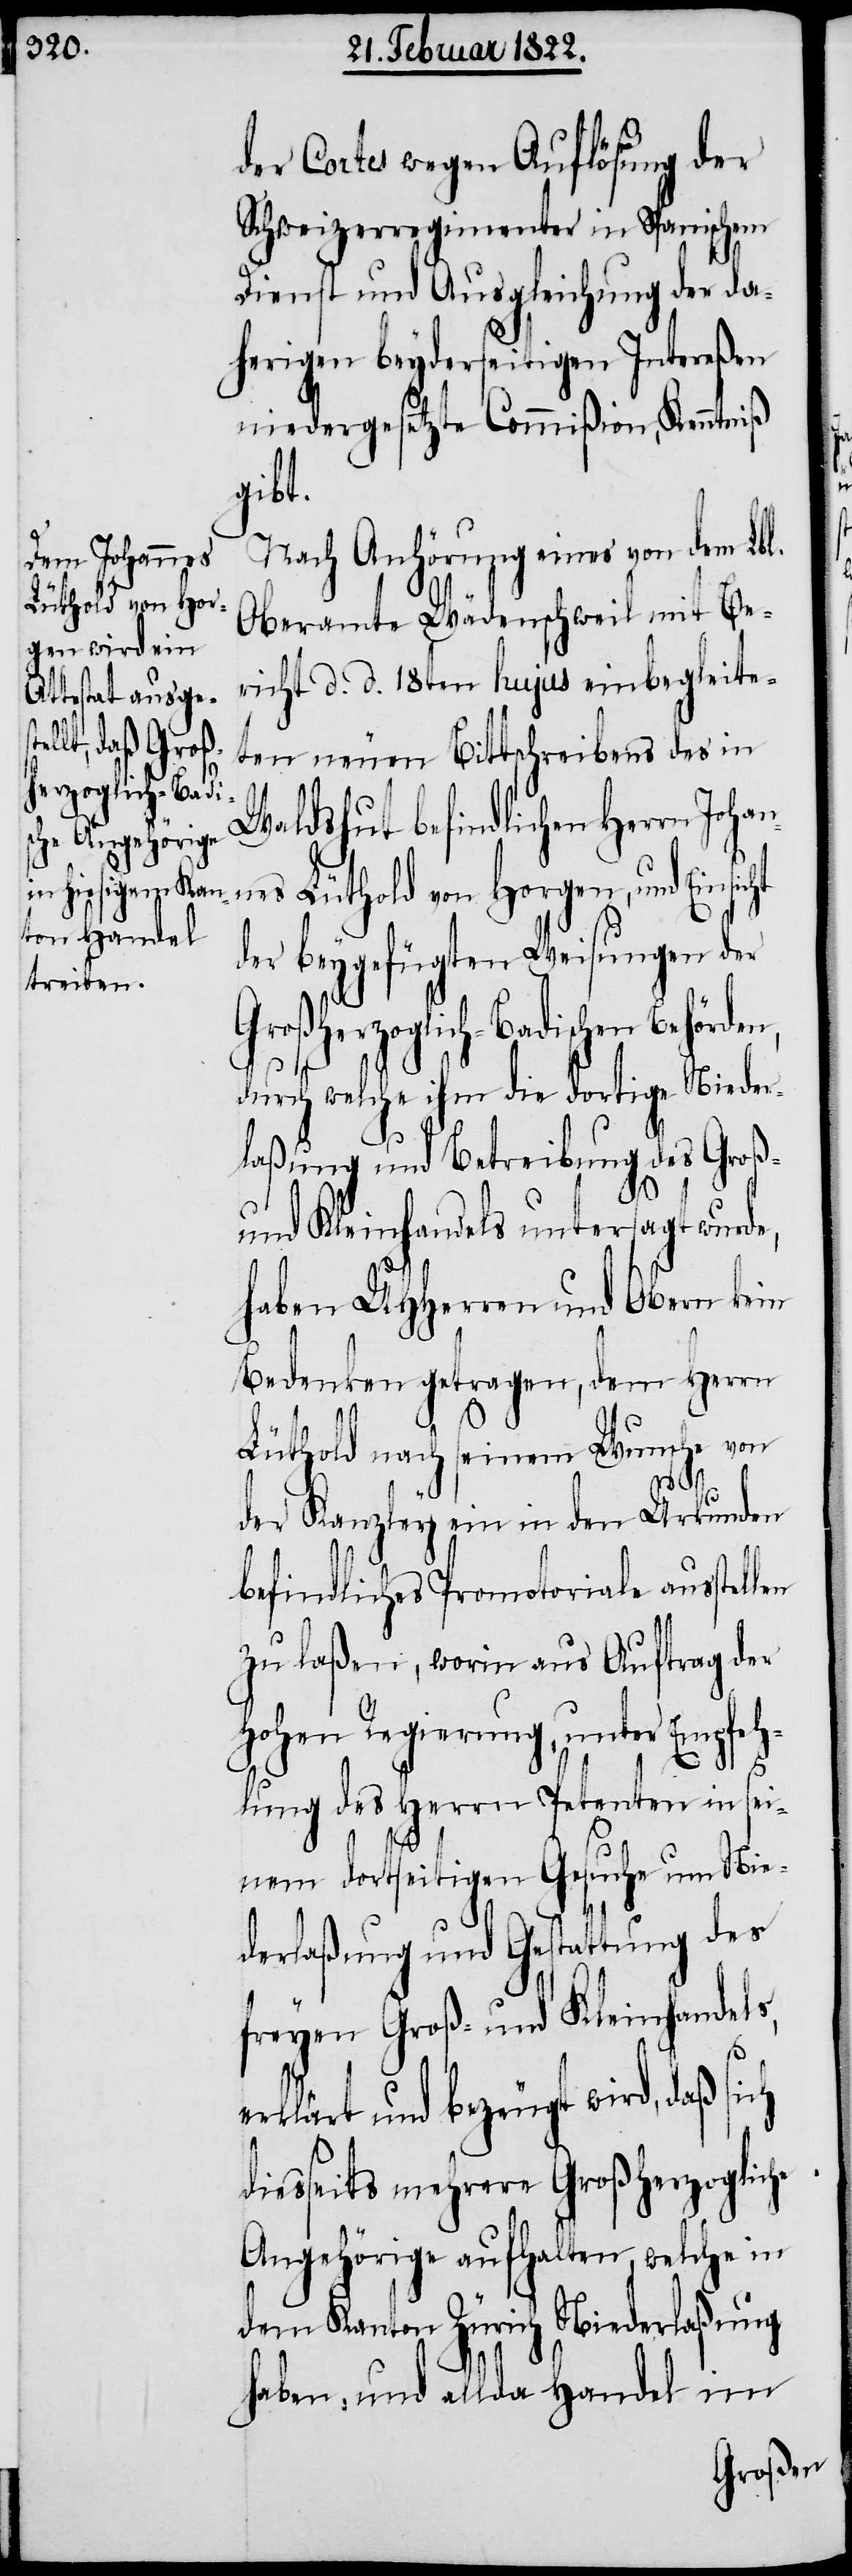
und Einsicht
herzoglich-Bad¬

der Cortes wegen Auflösung der
Schweizerregimenter in Spanischem
Dienst und Ausgleichung der da¬
herigen beyderseitigen Intereßen
niedergesetzte Commißion, Kenntniß
gibt.
Nach Anhörung eines von dem Lbl.
Oberamte Wädenschweil mit Be¬
richt d. d. 18ten hujus einbegleite¬
ten neuen Bittschreibens des in
Waldshut befindlichen Herrn
der beygefügten Weisungen der
ischen Behörden,
durch welche ihm die dortige Nieder¬
laßung und Betreibung des Groß-
und Kleinhandels untersagt wurde,
haben UHHerren und Obern kein
Bedenken getragen, dem Herrn
ch
Lüthold nach seinem Wunsche von
der Kanzley ein in den Urkunden
befindliches Promotoriale ausstel¬
zu laßen, worin aus Auftrag der
Hohen Regierung, unter Empfeh¬
lung des Herrn Petenten in sei¬
nem dortseitigen Gesuche um Nie¬
derlaßung und Gestattung des
freyen Groß- und Kleinhandels,
erklärt und bezeugt wird, daß si¬
diesseits mehrere Großherzogliche
Angehörige aufhalten, welche in
dem Kanton Zürich Niederlaßung
haben, und allda Handel im
Groß¬